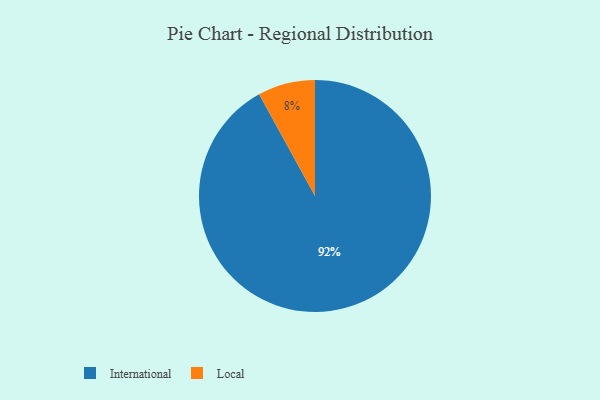
{"axis": {"x": "Category", "y": "Percentage"}, "legend": ["International", "Local"], "data": [{"x": "Local", "y": 8, "type": "Local"}, {"x": "International", "y": 92, "type": "International"}]}